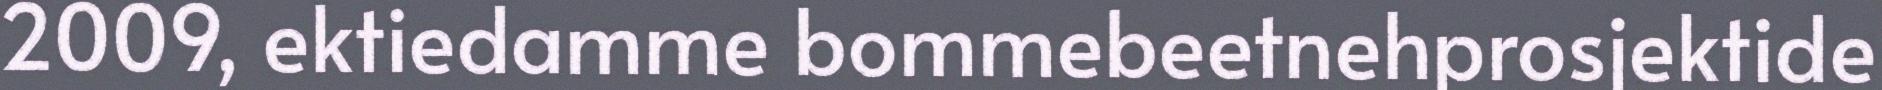
2009, ektiedamme bommebeetnehprosjektide